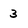
Character: 3